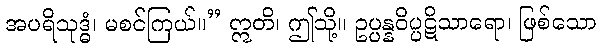
အပရိသုဒ္ဓံ၊ မစင်ကြယ်။” ဣတိ၊ ဤသို့။ ဥပ္ပန္နဝိပ္ပဋိသာရော၊ ဖြစ်သော